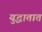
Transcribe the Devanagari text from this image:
युद्धातात